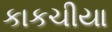
કાકચીયા